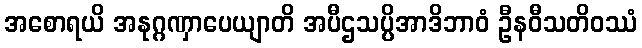
အစောရယိ အနုဂ္ဂဏှာပေယျာတိ အပီဌသပ္ပိအာဒိဘာဝံ ဦနဝီသတိဝဿံ